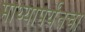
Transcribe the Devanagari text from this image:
माथ्यापर्यंतचा